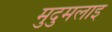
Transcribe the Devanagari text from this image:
मुदुमलाइ